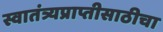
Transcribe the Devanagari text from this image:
स्वातंत्र्यप्राप्तीसाठीचा